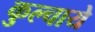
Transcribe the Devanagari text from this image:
कुल्चाये